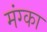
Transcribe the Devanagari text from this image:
मंग्का